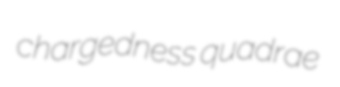
chargedness quadrae